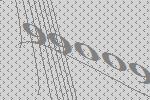
99009